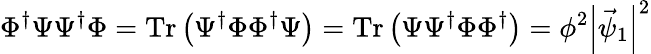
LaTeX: \Phi^{\dagger}\Psi\Psi^{\dagger}\Phi=\mathrm{Tr}\left(\Psi^{\dagger}\Phi\Phi^{\dagger}\Psi\right)=\mathrm{Tr}\left(\Psi\Psi^{\dagger}\Phi\Phi^{\dagger}\right)=\phi^{2}\left|\vec{\psi}_{1}\right|^{2}